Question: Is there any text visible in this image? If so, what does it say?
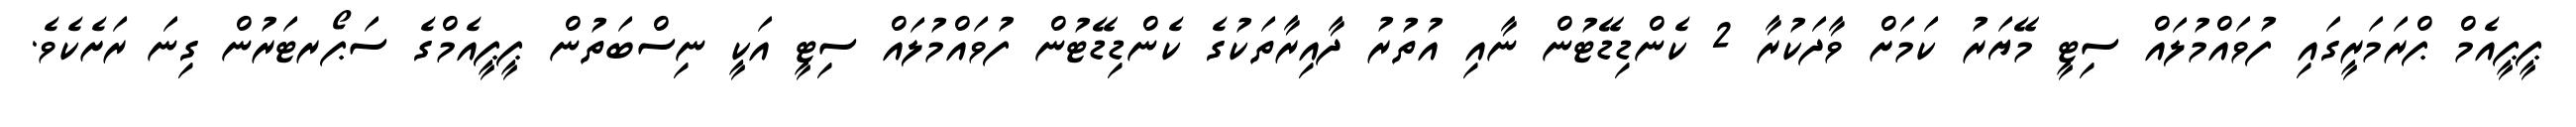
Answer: ޕީޕީއެމް ޕްރަމަރީގައި ފުވައްމުލައް ސިޓީ މޭޔަރު ކަމަށް ވާދަކުރާ 2 ކެންޑިޑޭޓުން ނާއި އުތުރު ދާއިރާތަކުގެ ކެންޑިޑޭޓުން ފުވައްމުލައް ސިޓީ އަކީ ނިސްބަތުން ޕީޕީއެމްގެ ސަޕޯރޓަރުން ގިނަ ރަށެކެވެ.